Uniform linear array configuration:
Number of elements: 16
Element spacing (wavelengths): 1
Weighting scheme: binomial
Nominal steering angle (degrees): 60
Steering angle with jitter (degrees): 58.318
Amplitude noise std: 0.05
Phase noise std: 0.05

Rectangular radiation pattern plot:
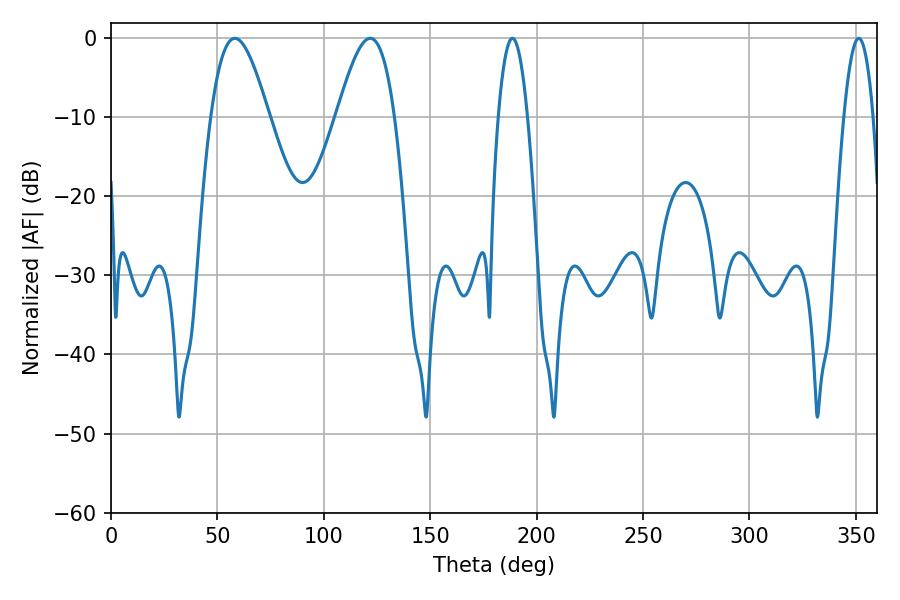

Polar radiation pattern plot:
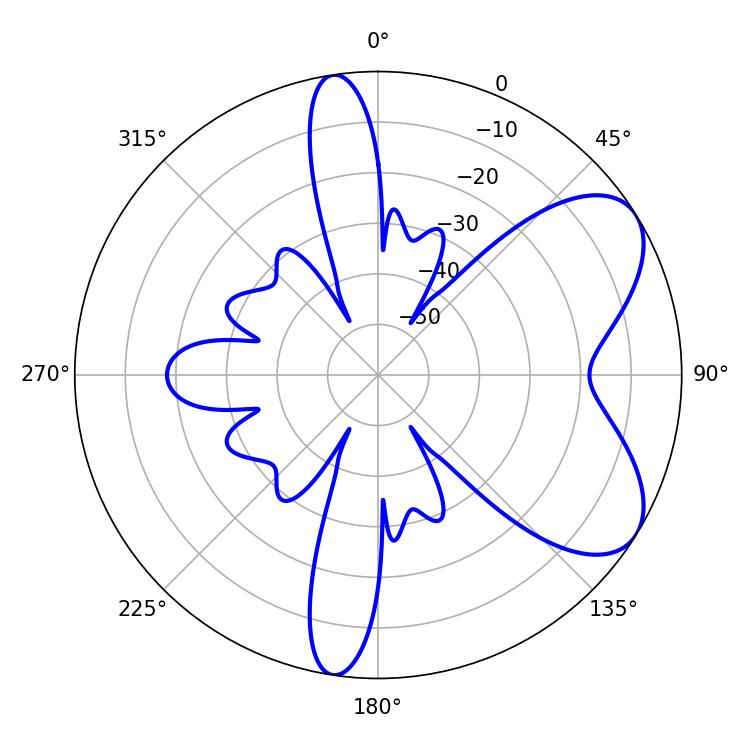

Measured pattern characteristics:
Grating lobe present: TRUE
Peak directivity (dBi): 6.593
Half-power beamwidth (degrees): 7.56
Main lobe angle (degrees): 188.64